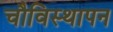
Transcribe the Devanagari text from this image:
चौविस्थापन